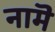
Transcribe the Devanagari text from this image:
नामॆ